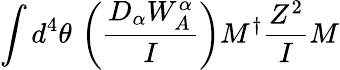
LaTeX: \int d^{4}\theta\, \left(\frac{D_{\alpha}W_{A}^{\alpha}}{I}\right){M}^{\dagger}{\frac{Z^{2}}{I}}{M}